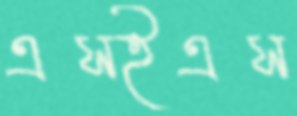
এসইএস